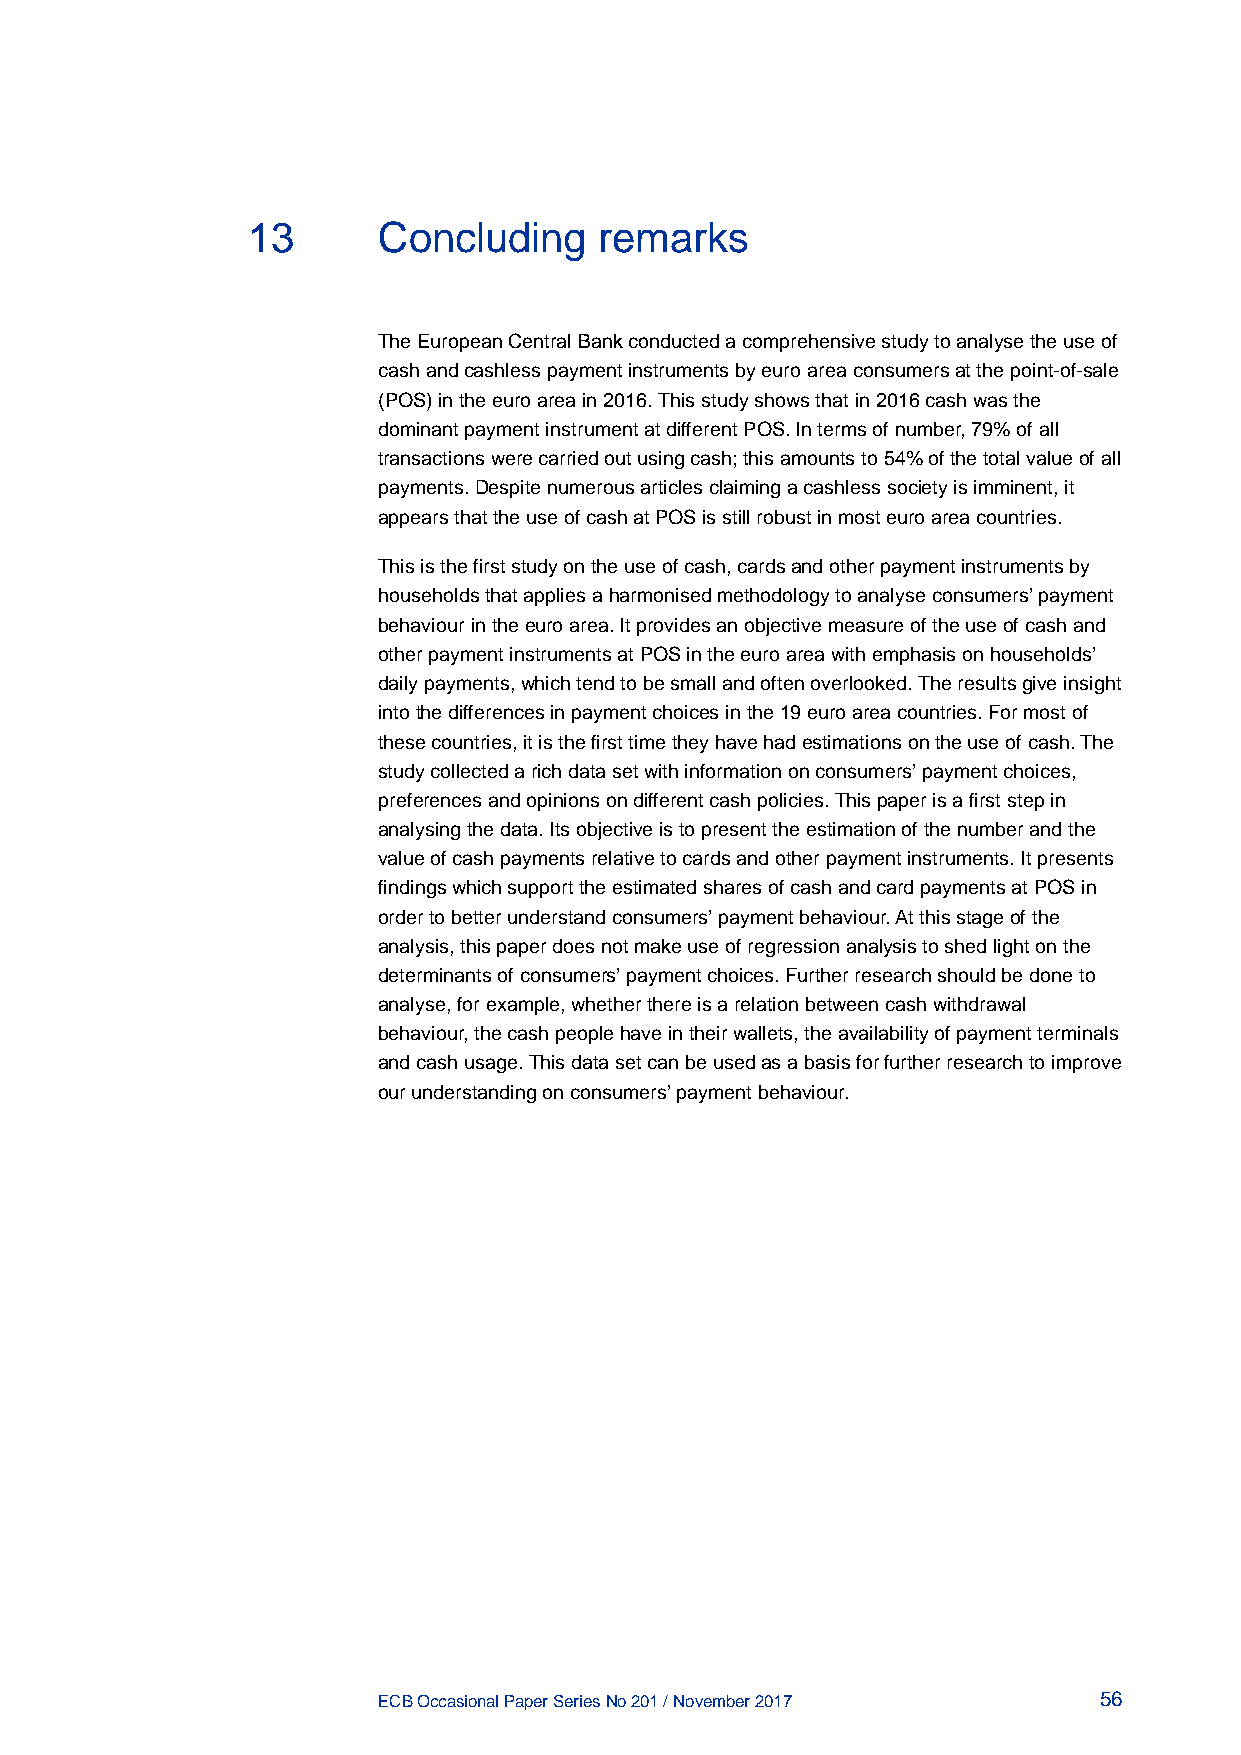
13       Concluding     remarks
 The European Central Bank conducted a comprehensive study to analyse the use of
 cash and cashless payment instruments by euro area consumers at the point-of-sale
 (POS) in the euro area in 2016. This study shows that in 2016 cash was the
 dominant payment instrument at different POS. In terms of number, 79% of all
 transactions were carried out using cash; this amounts to 54% of the total value of all
 payments. Despite numerous articles claiming a cashless society is imminent, it
 appears that the use of cash at POS is still robust in most euro area countries.
 This is the first study on the use of cash, cards and other payment instruments by
 households that applies a harmonised methodology to analyse consumers’ payment
 behaviour in the euro area. It provides an objective measure of the use of cash and
 other payment instruments at POS in the euro area with emphasis on households’
 daily payments, which tend to be small and often overlooked. The results give insight
 into the differences in payment choices in the 19 euro area countries. For most of
 these countries, it is the first time they have had estimations on the use of cash. The
 study collected a rich data set with information on consumers’ payment choices,
 preferences and opinions on different cash policies. This paper is a first step in
 analysing the data. Its objective is to present the estimation of the number and the
 value of cash payments relative to cards and other payment instruments. It presents
 findings which support the estimated shares of cash and card payments at POS in
 order to better understand consumers’ payment behaviour. At this stage of the
 analysis, this paper does not make use of regression analysis to shed light on the
 determinants of consumers’ payment choices. Further research should be done to
 analyse, for example, whether there is a relation between cash withdrawal
 behaviour, the cash people have in their wallets, the availability of payment terminals
 and cash usage. This data set can be used as a basis for further research to improve
 our understanding on consumers’ payment behaviour.
 ECB Occasional Paper Series No 201 / November 2017 56